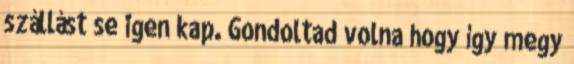
szállást se igen kap. Gondoltad volna hogy így megy